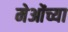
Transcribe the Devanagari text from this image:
मेओंच्या